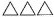
△